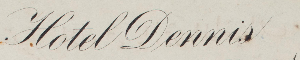
Hotel Dennis